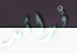
فوائد